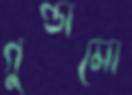
গুণ্ডামো